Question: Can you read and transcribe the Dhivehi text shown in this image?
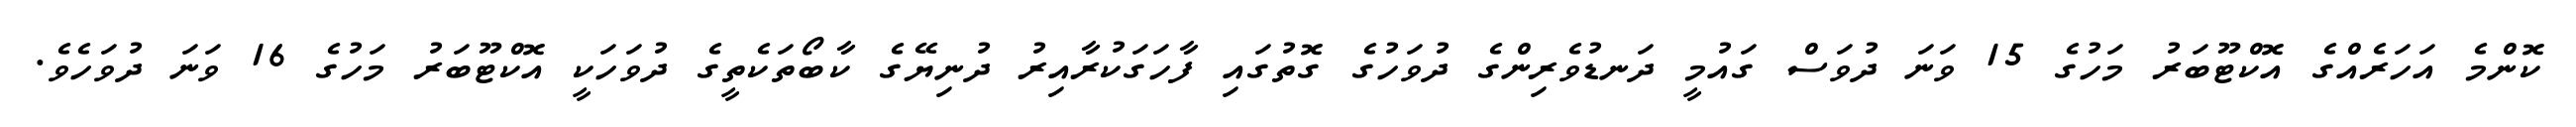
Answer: ކޮންމެ އަހަރެއްގެ އޮކްޓޫބަރު މަހުގެ 15 ވަނަ ދުވަސް ގައުމީ ދަނޑުވެރިންގެ ދުވަހުގެ ގޮތުގައި ފާހަގަކުރާއިރު ދުނިޔޭގެ ކާބޯތަކެތީގެ ދުވަހަކީ އޮކްޓޫބަރު މަހުގެ 16 ވަނަ ދުވަހެވެ.